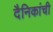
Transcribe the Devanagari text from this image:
दैनिकांची